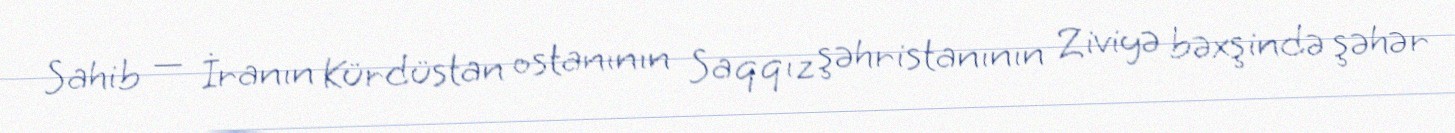
Sahib — İranın Kürdüstan ostanının Saqqız şəhristanının Ziviyə bəxşində şəhər